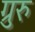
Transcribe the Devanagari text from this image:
ग्रुरु